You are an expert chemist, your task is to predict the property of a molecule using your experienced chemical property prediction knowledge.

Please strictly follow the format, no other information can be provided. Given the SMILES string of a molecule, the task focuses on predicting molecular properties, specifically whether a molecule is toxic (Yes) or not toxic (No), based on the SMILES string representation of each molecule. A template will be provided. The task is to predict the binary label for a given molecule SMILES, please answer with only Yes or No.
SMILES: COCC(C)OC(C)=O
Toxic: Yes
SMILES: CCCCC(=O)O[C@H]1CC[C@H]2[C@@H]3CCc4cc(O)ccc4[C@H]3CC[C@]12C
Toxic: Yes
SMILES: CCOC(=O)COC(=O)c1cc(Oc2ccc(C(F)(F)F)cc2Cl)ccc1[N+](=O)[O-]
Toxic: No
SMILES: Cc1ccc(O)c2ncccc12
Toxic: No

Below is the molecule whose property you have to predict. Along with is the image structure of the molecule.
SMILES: Cc1ccccc1C(=O)Nc1cccc(OC(C)C)c1
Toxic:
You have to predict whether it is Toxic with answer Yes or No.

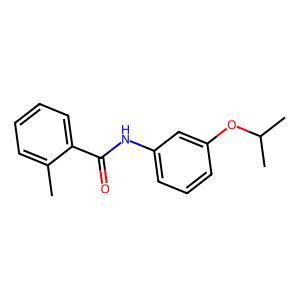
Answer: No